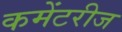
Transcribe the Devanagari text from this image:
कमेंटरीज